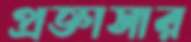
প্রজ্ঞাসার